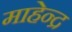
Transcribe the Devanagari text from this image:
माहेन्द्र